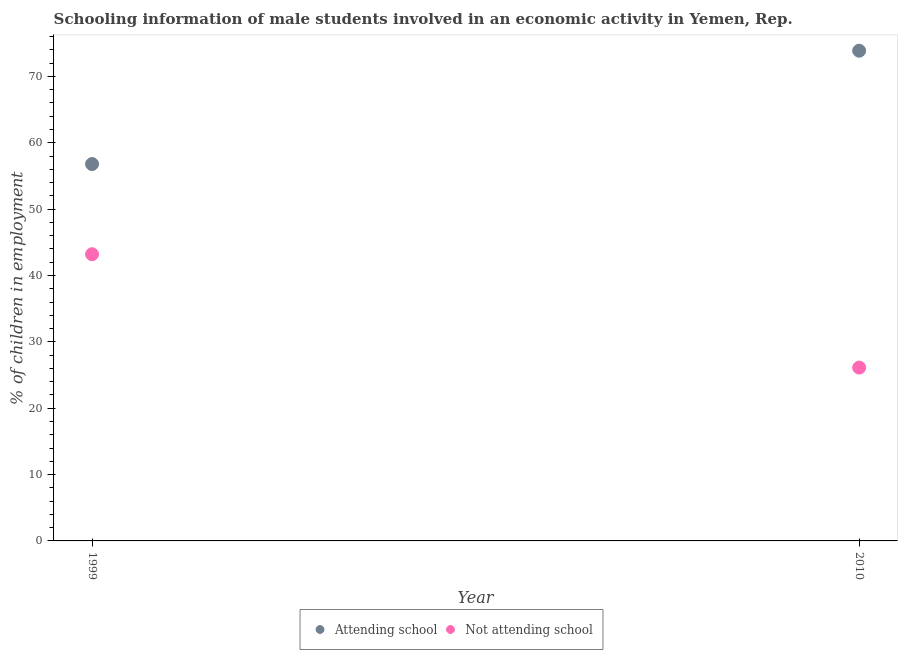
| Year | Attending school | Not attending school |
 | --- | --- | --- |
 | 1999 | 56.8 | 43.2 |
 | 2010 | 73.9 | 26.1 |